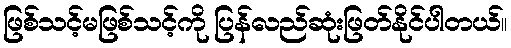
ဖြစ်သင့်မဖြစ်သင့်ကို ပြန်လည်ဆုံးဖြတ်နိုင်ပါတယ်။